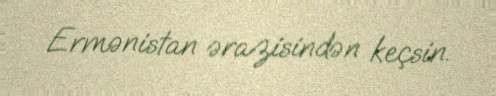
Ermənistan ərazisindən keçsin.